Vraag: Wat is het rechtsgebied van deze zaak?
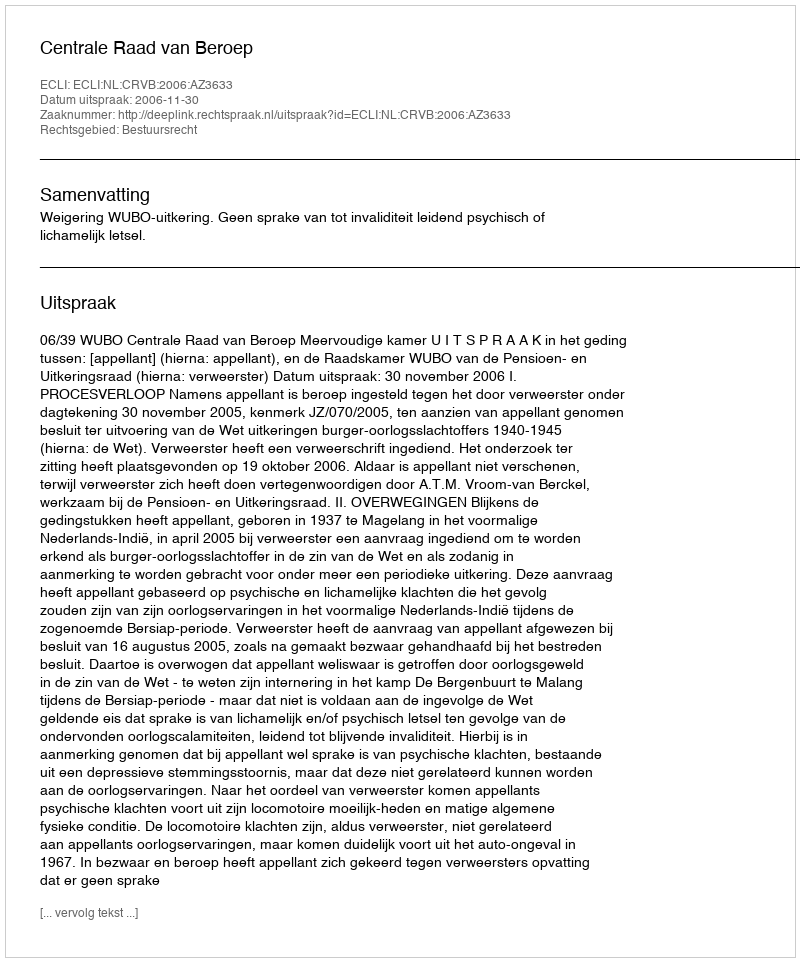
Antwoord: Bestuursrecht